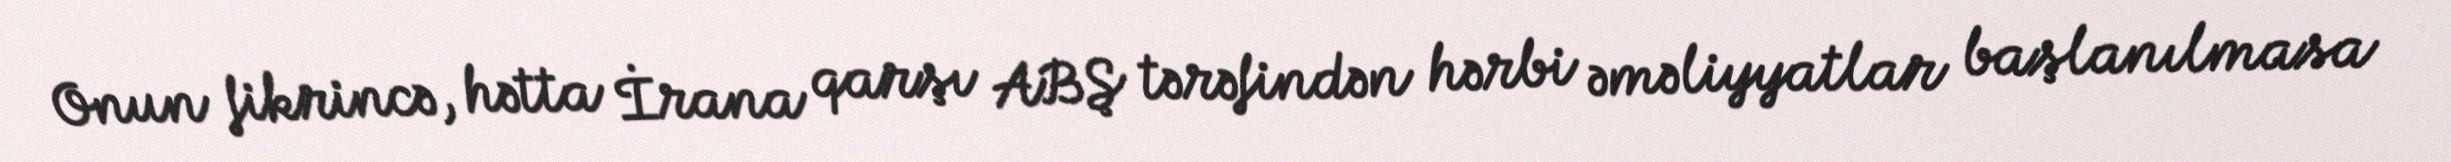
Onun fikrincə, hətta İrana qarşı ABŞ tərəfindən hərbi əməliyyatlar başlanılmasa